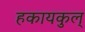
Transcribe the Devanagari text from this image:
हकायकुल्